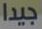
جيدا